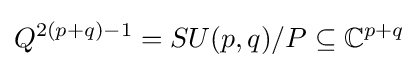
Q^{2(p+q)-1}=SU(p,q)/P\subseteq \mathbb {C} ^{p+q}